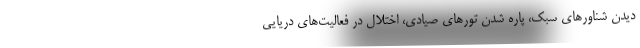
دیدن شناورهای سبک، پاره شدن تورهای صیادی، اختلال در فعالیت‌های دریایی